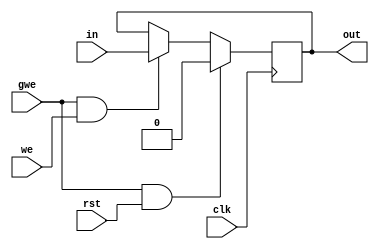
/* register.v
 * A parameterized-width positive-edge-trigged register, with synchronous reset. 
 * The value to take on after a reset is the 2nd parameter.
 * 
 * DO NOT MODIFY
 */

`timescale 1ns / 1ps


module Nbit_reg(in, out, clk, we, gwe, rst);
   parameter n = 1;
   parameter r = 0;
   
   output [n-1:0] out;
   input [n-1:0]  in;   
   input          clk;
   input          we;
   input          gwe;
   input          rst;      

   reg [n-1:0] state;

   assign #(1) out = state;

   always @(posedge clk) 
     begin 
       if (gwe & rst) 
         state = r;
       else if (gwe & we) 
         state = in; 
     end
endmodule